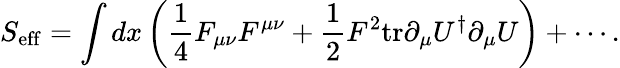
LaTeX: S_{\mathrm{eff}}=\int dx\left({\frac{1}{4}}F_{\mu\nu}F^{\mu\nu}+{\frac{1}{2}}F^{2}\mathrm{tr}\partial_{\mu}U^{\dagger}\partial_{\mu}U\right)+\cdots.